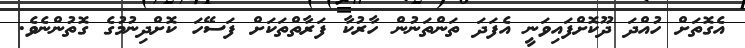
އެގޮތަށް ހުއްދަ ދޫކޮށްފައިވަނީ އެފަދަ ތަންތަނުން ހާރުކާ ފަރާތްތަކަށް ފަސޭހަ ކޮށްދިނުމުގެ ގޮތުންނެވެ.